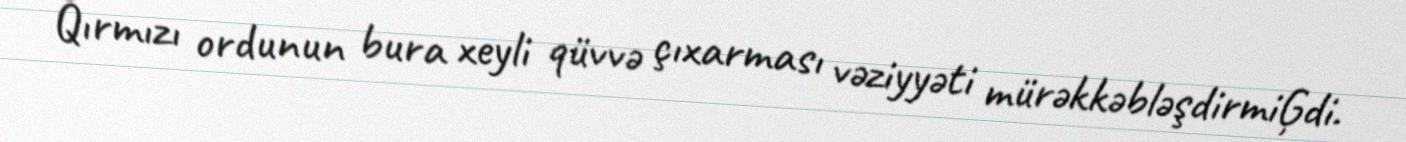
Qırmızı ordunun bura xeyli qüvvə çıxarması vəziyyəti mürəkkəbləşdirmiĢdi.